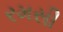
રમસી